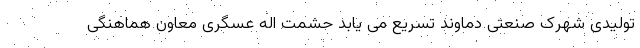
تولیدی شهرک صنعتی دماوند تسریع می یابد حشمت اله عسگری معاون هماهنگی